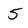
Character: 5